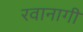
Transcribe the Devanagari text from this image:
रवानागी